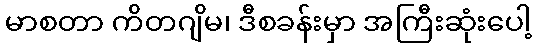
မာစတာ ကိတဂျိမ၊ ဒီစခန်းမှာ အကြီးဆုံးပေါ့